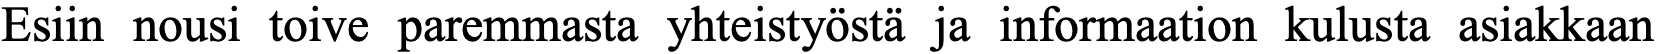
Esiin nousi toive paremmasta yhteistyöstä ja informaation kulusta asiakkaan